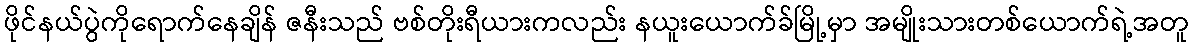
ဖိုင်နယ်ပွဲကိုရောက်နေချိန် ဇနီးသည် ဗစ်တိုးရီယားကလည်း နယူးယောက်ခ်မြို့မှာ အမျိုးသားတစ်ယောက်ရဲ့အတူ